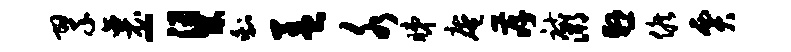
翠襄-梁剩盖水睇庵孝祜溯悬候贾